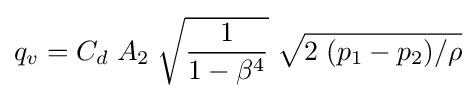
q_{v}=C_{d}\;A_{2}\;{\sqrt {\frac {1}{1-\beta ^{4}}}}\;{\sqrt {2\;(p_{1}-p_{2})/\rho }}